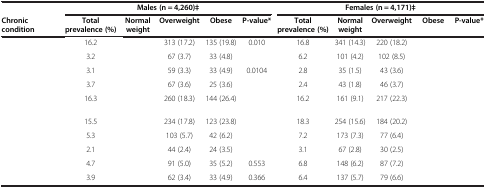
<table><thead><tr><td>[EMPTY_CELL]</td><td colspan="5"><b>Males (n = 4,260)‡</b></td><td colspan="5"><b>Females (n = 4,171)‡</b></td></tr><tr><td><b>Chronic condition</b></td><td><b>Total prevalence (%)</b></td><td><b>Normal weight</b></td><td><b>Overweight</b></td><td><b>Obese</b></td><td><b>P-value*</b></td><td><b>Total prevalence (%)</b></td><td><b>Normal weight</b></td><td><b>Overweight</b></td><td><b>Obese</b></td><td><b>P-value*</b></td></tr></thead><tbody><tr><td>[EMPTY_CELL]</td><td>16.2</td><td>[EMPTY_CELL]</td><td>313 (17.2)</td><td>135 (19.8)</td><td>0.010</td><td>16.8</td><td>341 (14.3)</td><td>220 (18.2)</td><td>[EMPTY_CELL]</td><td>[EMPTY_CELL]</td></tr><tr><td>[EMPTY_CELL]</td><td>3.2</td><td>[EMPTY_CELL]</td><td>67 (3.7)</td><td>33 (4.8)</td><td>[EMPTY_CELL]</td><td>6.2</td><td>101 (4.2)</td><td>102 (8.5)</td><td>[EMPTY_CELL]</td><td>[EMPTY_CELL]</td></tr><tr><td>[EMPTY_CELL]</td><td>3.1</td><td>[EMPTY_CELL]</td><td>59 (3.3)</td><td>33 (4.9)</td><td>0.0104</td><td>2.8</td><td>35 (1.5)</td><td>43 (3.6)</td><td>[EMPTY_CELL]</td><td>[EMPTY_CELL]</td></tr><tr><td>[EMPTY_CELL]</td><td>3.7</td><td>[EMPTY_CELL]</td><td>67 (3.6)</td><td>25 (3.6)</td><td>[EMPTY_CELL]</td><td>2.4</td><td>43 (1.8)</td><td>46 (3.7)</td><td>[EMPTY_CELL]</td><td>[EMPTY_CELL]</td></tr><tr><td>[EMPTY_CELL]</td><td>16.3</td><td>[EMPTY_CELL]</td><td>260 (18.3)</td><td>144 (26.4)</td><td>[EMPTY_CELL]</td><td>16.2</td><td>161 (9.1)</td><td>217 (22.3)</td><td>[EMPTY_CELL]</td><td>[EMPTY_CELL]</td></tr><tr><td>[EMPTY_CELL]</td><td>15.5</td><td>[EMPTY_CELL]</td><td>234 (17.8)</td><td>123 (23.8)</td><td>[EMPTY_CELL]</td><td>18.3</td><td>254 (15.6)</td><td>184 (20.2)</td><td>[EMPTY_CELL]</td><td>[EMPTY_CELL]</td></tr><tr><td>[EMPTY_CELL]</td><td>5.3</td><td>[EMPTY_CELL]</td><td>103 (5.7)</td><td>42 (6.2)</td><td>[EMPTY_CELL]</td><td>7.2</td><td>173 (7.3)</td><td>77 (6.4)</td><td>[EMPTY_CELL]</td><td>[EMPTY_CELL]</td></tr><tr><td>[EMPTY_CELL]</td><td>2.1</td><td>[EMPTY_CELL]</td><td>44 (2.4)</td><td>24 (3.5)</td><td>[EMPTY_CELL]</td><td>3.1</td><td>67 (2.8)</td><td>30 (2.5)</td><td>[EMPTY_CELL]</td><td>[EMPTY_CELL]</td></tr><tr><td>[EMPTY_CELL]</td><td>4.7</td><td>[EMPTY_CELL]</td><td>91 (5.0)</td><td>35 (5.2)</td><td>0.553</td><td>6.8</td><td>148 (6.2)</td><td>87 (7.2)</td><td>[EMPTY_CELL]</td><td>[EMPTY_CELL]</td></tr><tr><td>[EMPTY_CELL]</td><td>3.9</td><td>[EMPTY_CELL]</td><td>62 (3.4)</td><td>33 (4.9)</td><td>0.366</td><td>6.4</td><td>137 (5.7)</td><td>79 (6.6)</td><td>[EMPTY_CELL]</td><td>[EMPTY_CELL]</td></tr></tbody></table>